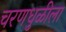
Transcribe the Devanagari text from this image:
चरणधुळीला